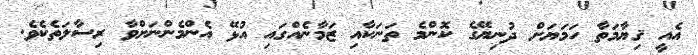
އެއީ ޤިޔާމަތާ ހަމަޔަށް ދުނިޔޭގެ ކޮންމެ ތަނަކާއި ޒަމާނެއްގައި އުޅޭ އެންމެންނަށްވާ ރިސާލަތެކެވެ.